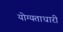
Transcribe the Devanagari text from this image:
योग्यताधारी